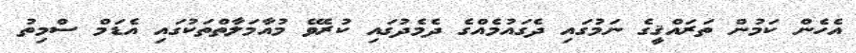
އެހެން ކަމުން ތަރައްޤީގެ ނަމުގައި ދެގައުމެއްގެ ދެމެދުގައި ކުރެވޭ މުއާމަލާތްތަކުގައި އެޑަމް ސްމިތު